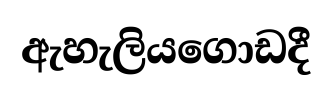
ඇහැලියගොඩදී